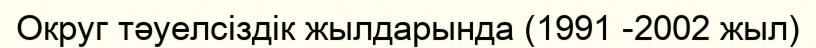
Округ тәуелсіздік жылдарында (1991 -2002 жыл)